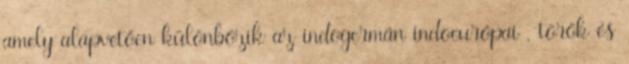
amely alapvetően különbözik az indogermán indoeurópai , török és